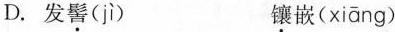
D.发髻(jì) 镶嵌(xiāng)